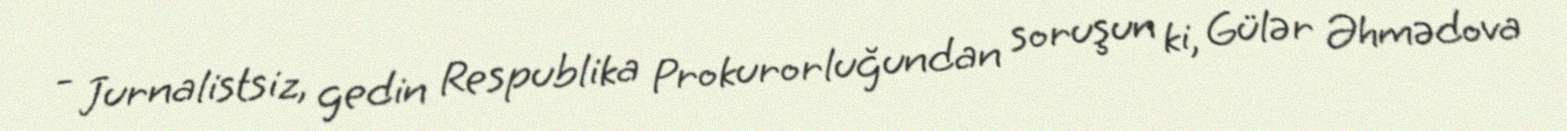
- Jurnalistsiz, gedin Respublika Prokurorluğundan soruşun ki, Gülər Əhmədova